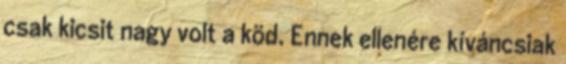
csak kicsit nagy volt a köd. Ennek ellenére kíváncsiak